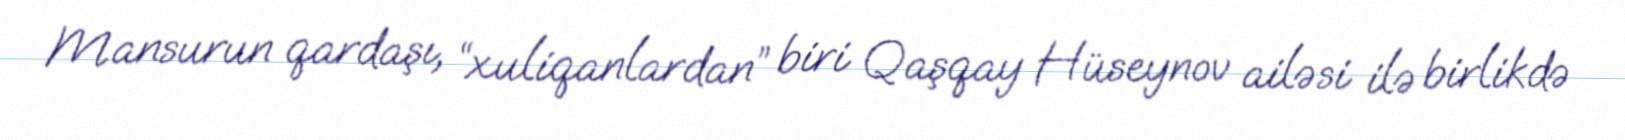
Mansurun qardaşı, “xuliqanlardan” biri Qaşqay Hüseynov ailəsi ilə birlikdə